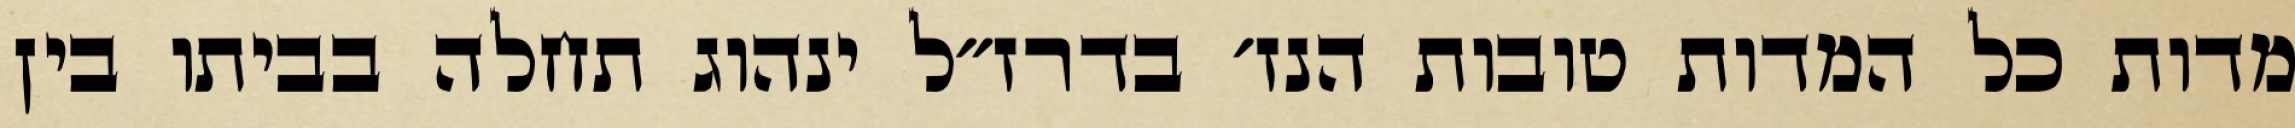
מדות כל המדות טובות הנז׳ בדרז״ל ינהוג תחלה בביתו בין